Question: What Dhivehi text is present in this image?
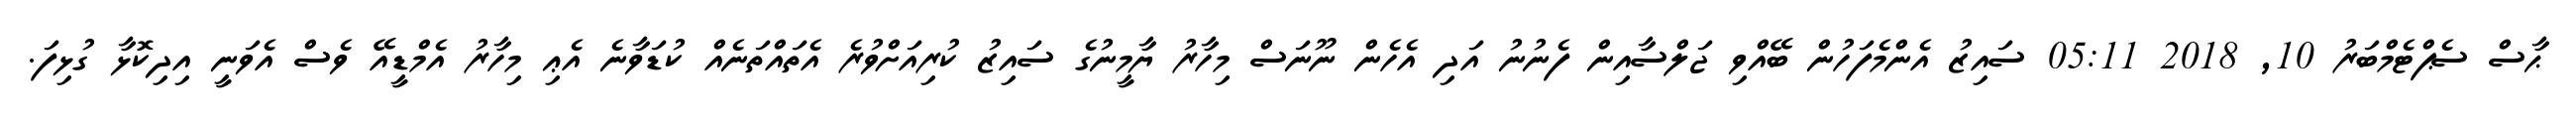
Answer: ޙާސް ސެޕްޓެމްބަރު 10, 2018 05:11 ސައިޒު އެންމެފަހުން ބޭއްވި ޖަލްސާއިން ފެނުނު އަދި އެހެން ނޫނަސް މިހާރު ޔާމީނުގެ ސައިޒު ކުރިއަށްވުރެ އެތައްތަނެއް ކުޑަވާނެ އެޢި މިހާރު އެމްޑީއޭ ވެސް އެވަނީ އިދިކޮޅާ ގުޅިފަ.